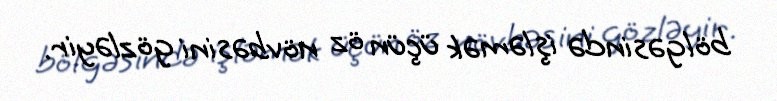
bölgəsində işləmək üçün öz növbəsini gözləyir.